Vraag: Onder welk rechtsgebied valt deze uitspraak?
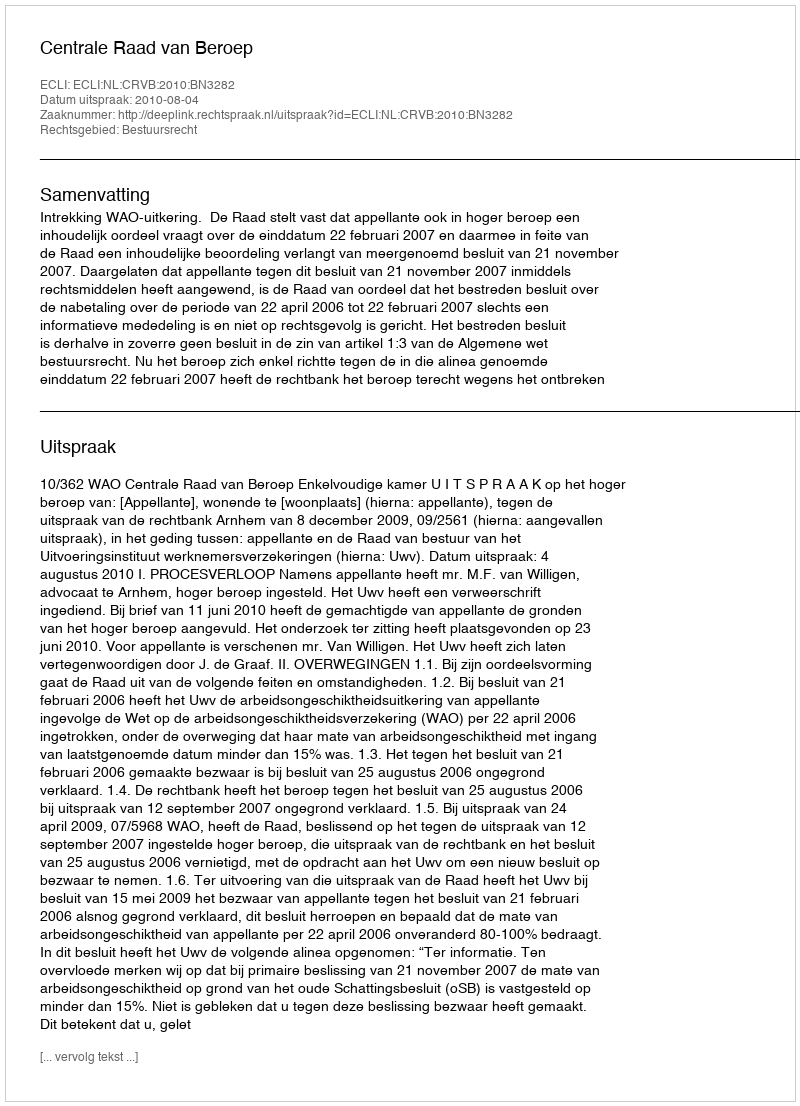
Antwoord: Bestuursrecht